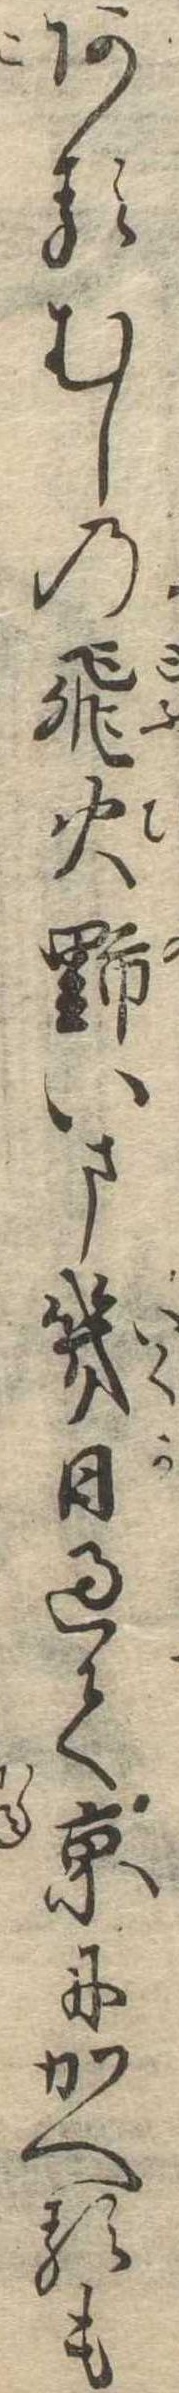
あるむしの飛火野いま幾日過て京にかへるも